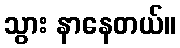
သွား နာနေတယ်။